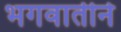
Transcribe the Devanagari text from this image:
भगवातीने